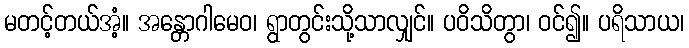
မတင့်တယ်အံ့။ အန္တောဂါမေဝ၊ ရွာတွင်းသို့သာလျှင်။ ပဝိသိတွာ၊ ဝင်၍။ ပရိသာယ၊